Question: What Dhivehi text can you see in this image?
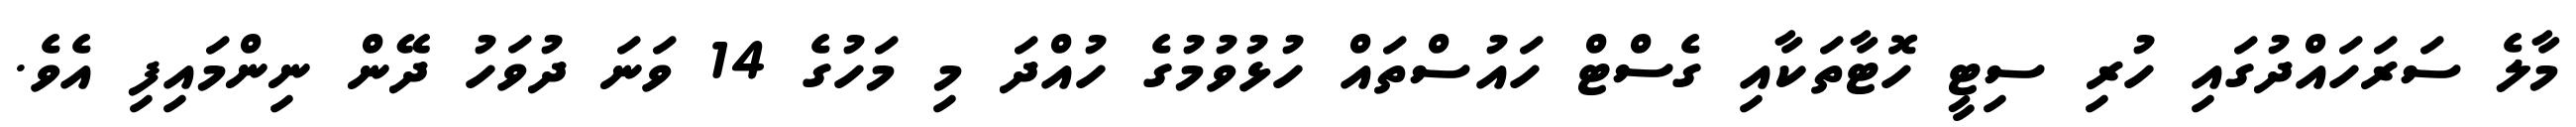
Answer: މާލެ ސަރަހައްދުގައި ހުރި ސިޓީ ހޮޓާތަކާއި ގެސްޓް ހައުސްތައް ހުޅުވުމުގެ ހުއްދަ މި މަހުގެ 14 ވަނަ ދުވަހު ދޭން ނިންމައިފި އެވެ.